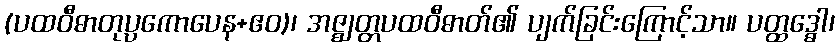
(ပထဝီဓာတုပ္ပကောပေန+ဧဝ)၊ အဇ္ဈတ္တပထဝီဓာတ်၏ ပျက်ခြင်းကြောင့်သာ။ ပတ္ထဒ္ဓေါ၊